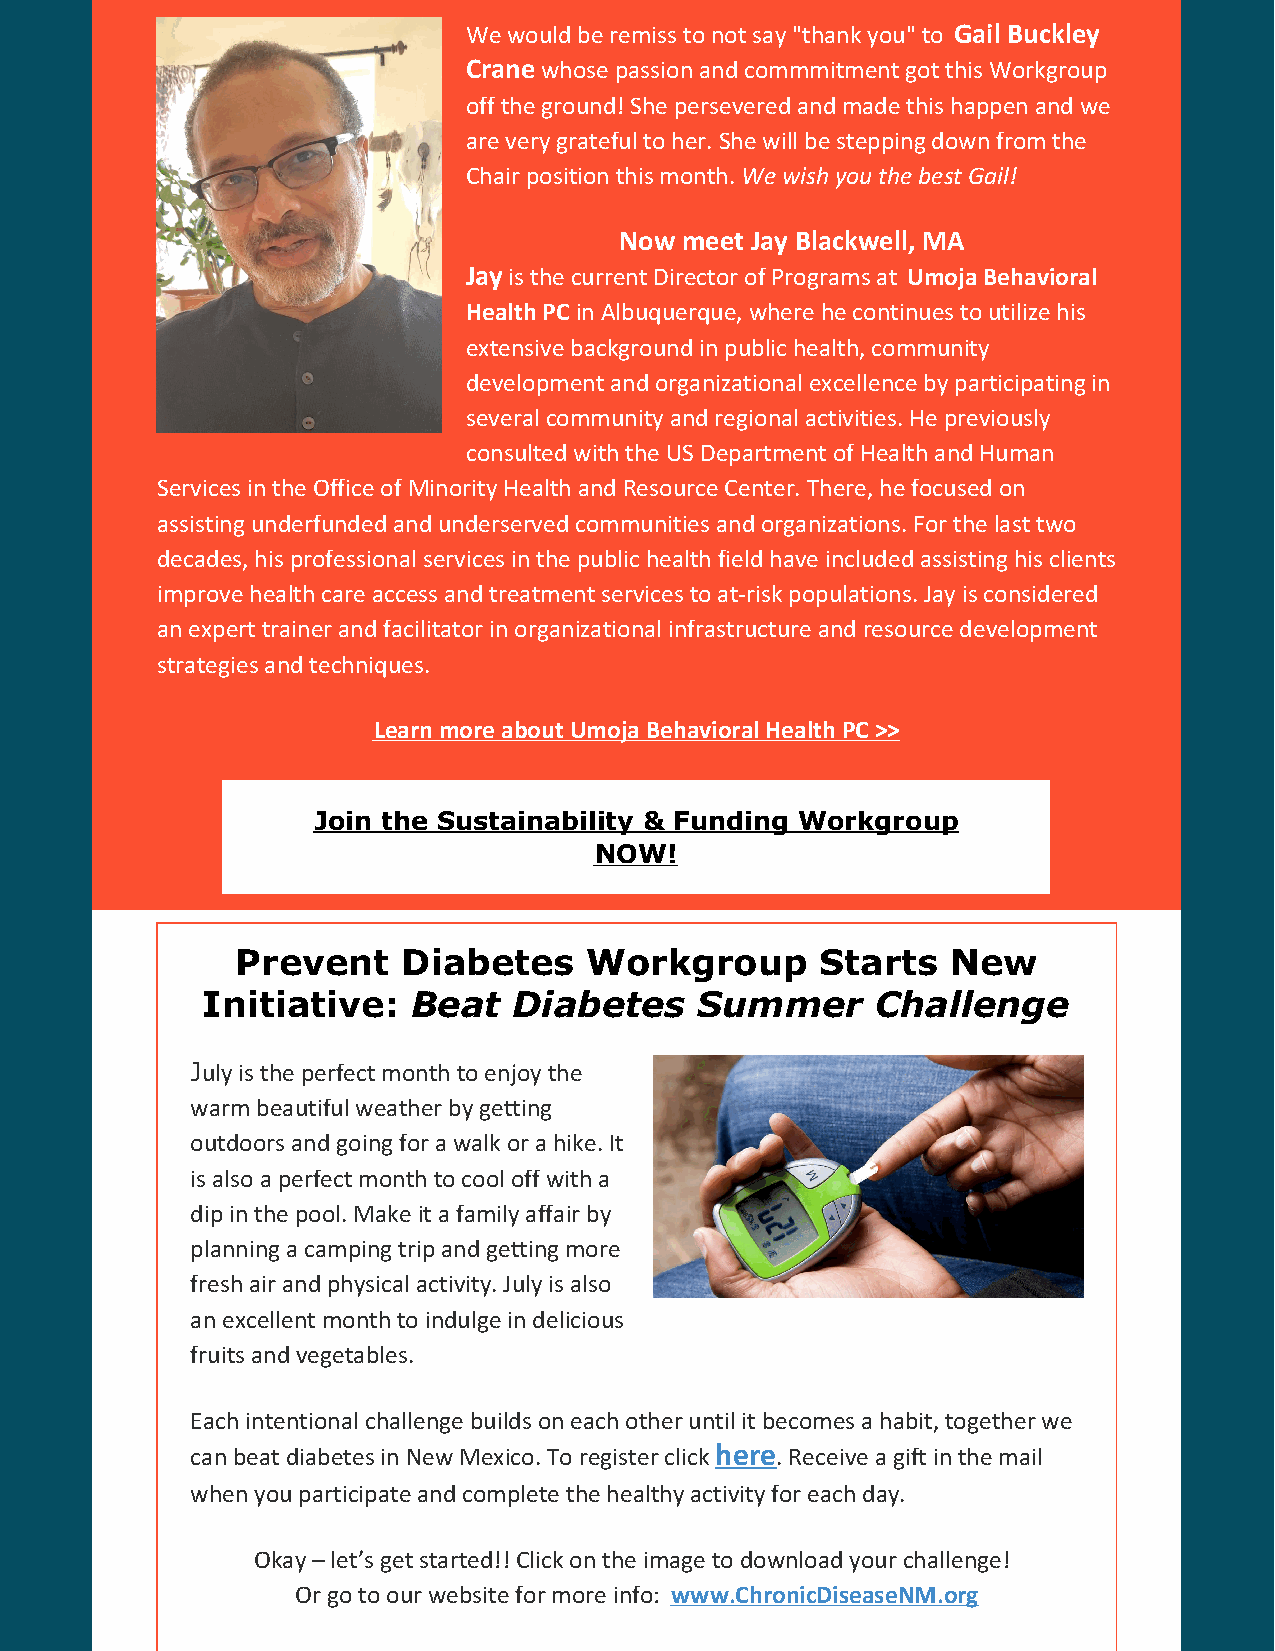
We would be remiss to not say "thank you" to Gail Buckley
 Crane whose passion and commmitment got this Workgroup
 off the ground! She persevered and made this happen and we
 are very grateful to her. She will be stepping down from the
 Chair position this month. We wish you the best Gail!
 Now meet Jay Blackwell, MA
 Jay is the current Director of Programs at Umoja Behavioral
 Health PC in Albuquerque, where he continues to utilize his
 extensive background in public health, community
 development and organizational excellence by participating in
 several community and regional activities. He previously
 consulted with the US Department of Health and Human
 Services in the Office of Minority Health and Resource Center. There, he focused on
 assisting underfunded and underserved communities and organizations. For the last two
 decades, his professional services in the public health field have included assisting his clients
 improve health care access and treatment services to at-risk populations. Jay is considered
 an expert trainer and facilitator in organizational infrastructure and resource development
 strategies and techniques.
 Learn more about Umoja Behavioral Health PC >>
 Join the Sustainability & Funding Workgroup
 NOW!
 Prevent    Diabetes    Workgroup      Starts   New
 Initiative:   Beat   Diabetes    Summer      Challenge
 July is the perfect month to enjoy the
 warm beautiful weather by getting
 outdoors and going for a walk or a hike. It
 is also a perfect month to cool off with a
 dip in the pool. Make it a family affair by
 planning a camping trip and getting more
 fresh air and physical activity. July is also
 an excellent month to indulge in delicious
 fruits and vegetables.
 Each intentional challenge builds on each other until it becomes a habit, together we
 can beat diabetes in New Mexico. To register click here. Receive a gift in the mail
 when you participate and complete the healthy activity for each day.
 Okay – let’s get started!! Click on the image to download your challenge!
 Or go to our website for more info: www.ChronicDiseaseNM.org